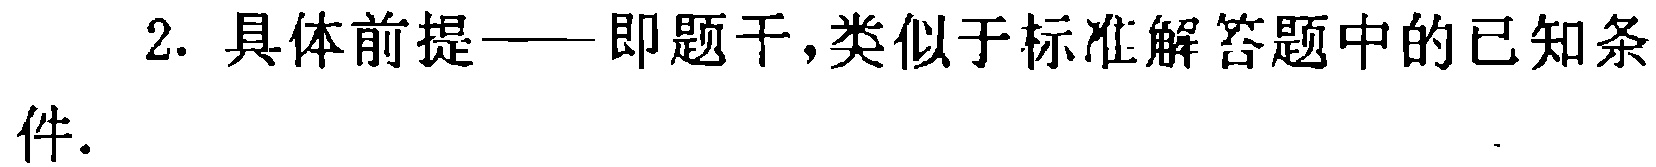
2. 具体前提——即题干,类似于标准解答题中的已知条件.